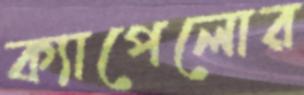
ক্যাপেলোর